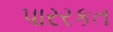
પારરકત